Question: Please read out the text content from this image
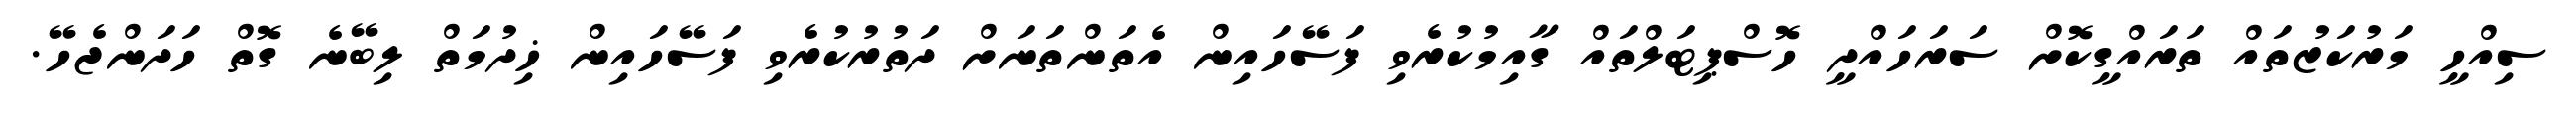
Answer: ސިއްހީ މަރުކަޒުތައް ތަރައްގީކޮށް ސަރަހައްދީ ހޮސްޕިޓަލްތައް ގާއިމުކުރެވި ފަސޭހައިން އެތަންތަނަށް ދަތުރުކުރެވި ފަސޭހައިން ޚިދުމަތް ލިބޭނެ ގޮތް ހަދަންޖެހޭ.